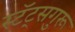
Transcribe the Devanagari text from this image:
स्टॅट्सगुरू